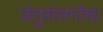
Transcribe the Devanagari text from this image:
जंतुसंसर्गाचा